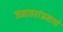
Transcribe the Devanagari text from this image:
जनावरांप्रमाणे